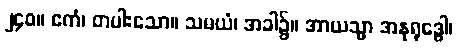
၂၄၀။ ဧကံ၊ တပါးသော။ သမယံ၊ အခါ၌။ အာယသ္မာ အနုရုဒ္ဓေါ၊